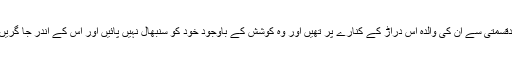
بدقسمتی سے ان کی والدہ اس دراڑ کے کنارے پر تھیں اور وہ کوشش کے باوجود خود کو سنبھال نہیں پائیں اور اس کے اندر جا گریں۔